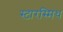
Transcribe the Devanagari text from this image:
स्टारस्मिथ